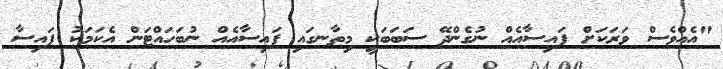
"އެއްވެސް ވަރަކަށް ފައިސާއެއް ނުގެންދޭ ސަބަބަކީ މިތާނގައި ފައިސާއެއް ނުބަހައްޓަން އެކަމަކު ފައިސާ